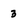
Character: 3